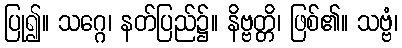
ပြု၍။ သဂ္ဂေ၊ နတ်ပြည်၌။ နိဗ္ဗတ္တိ၊ ဖြစ်၏။ သဗ္ဗံ၊